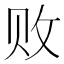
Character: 败